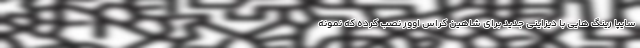
سایپا رینگ هایی با دیزاینی جدید برای شاهین کراس اوور نصب کرده که نمونه